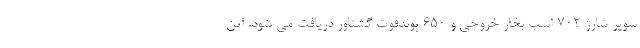
سوپر شارژ 702 اسب بخار خروجی و 650 پوندفوت گشتاور دریافت می شود. این